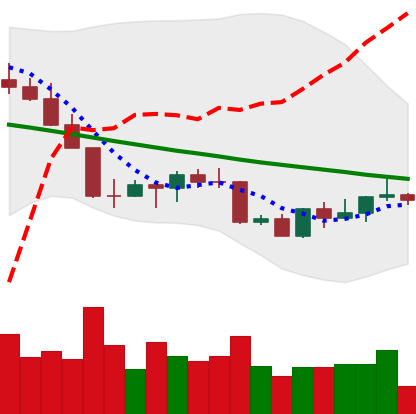
Ticker: LINK-USD
Chart end date: 2022-09-03
Forward return: 8.29%
Label: up_7plus